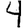
Digit: 4